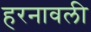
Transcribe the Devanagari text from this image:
हरनावली